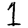
Digit: 1